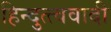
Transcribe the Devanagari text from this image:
हिन्दुत्त्ववादी